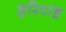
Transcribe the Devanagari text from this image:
हरिराह